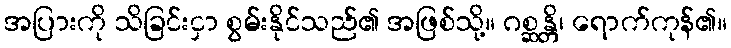
အပြားကို သိခြင်းငှာ စွမ်းနိုင်သည်၏ အဖြစ်သို့။ ဂစ္ဆန္တိ၊ ရောက်ကုန်၏။